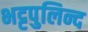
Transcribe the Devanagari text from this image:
भट्टपुलिन्द